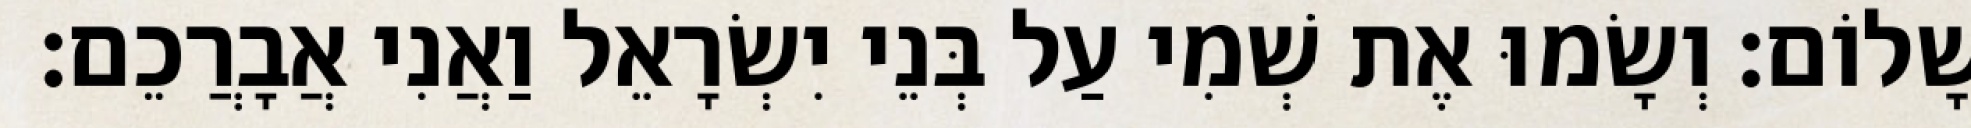
שָׁלוֹם׃ וְשָׂמוּ אֶת שְׁמִי עַל בְּנֵי יִשְׂרָאֵל וַאֲנִי אֲבָרֲכֵם׃